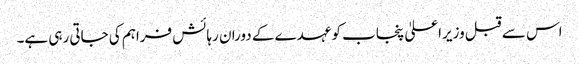
اس سے قبل وزیراعلیٰ پنجاب کو عہدے کے دوران رہائش فراہم کی جاتی رہی ہے۔